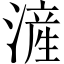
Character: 滻